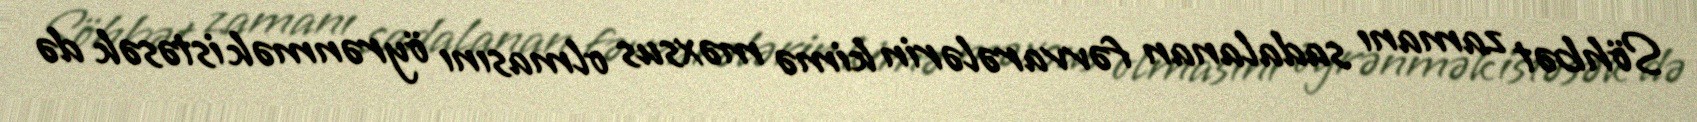
Söhbət zamanı sadalanan fəvvarələrin kimə məxsus olmasını öyrənmək istəsək də